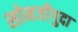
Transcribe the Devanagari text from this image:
सोमजीगुदा